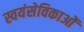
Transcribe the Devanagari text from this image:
स्वयंसेविकाओं